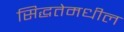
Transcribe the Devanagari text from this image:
सिद्धतेमधील